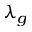
\lambda _ { g }